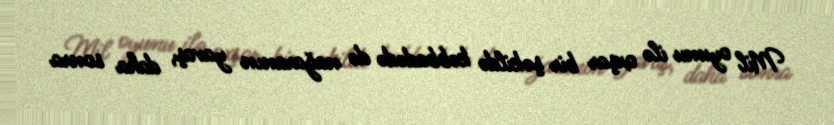
Mil oyunu ilə oxşar bir şəkildə kəbbadədə də nağaranın yavaş, daha sonra